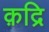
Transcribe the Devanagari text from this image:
क़द्रि